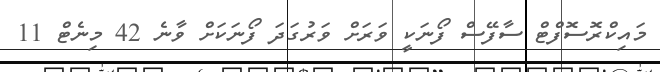
މައިކްރޮސޮފްޓް ސާފޭސް ފޯނަކީ ވަރަށް ވަރުގަދަ ފޯނަކަށް ވާނެ 42 މިނެޓް 11